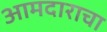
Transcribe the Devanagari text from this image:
आमदाराचा